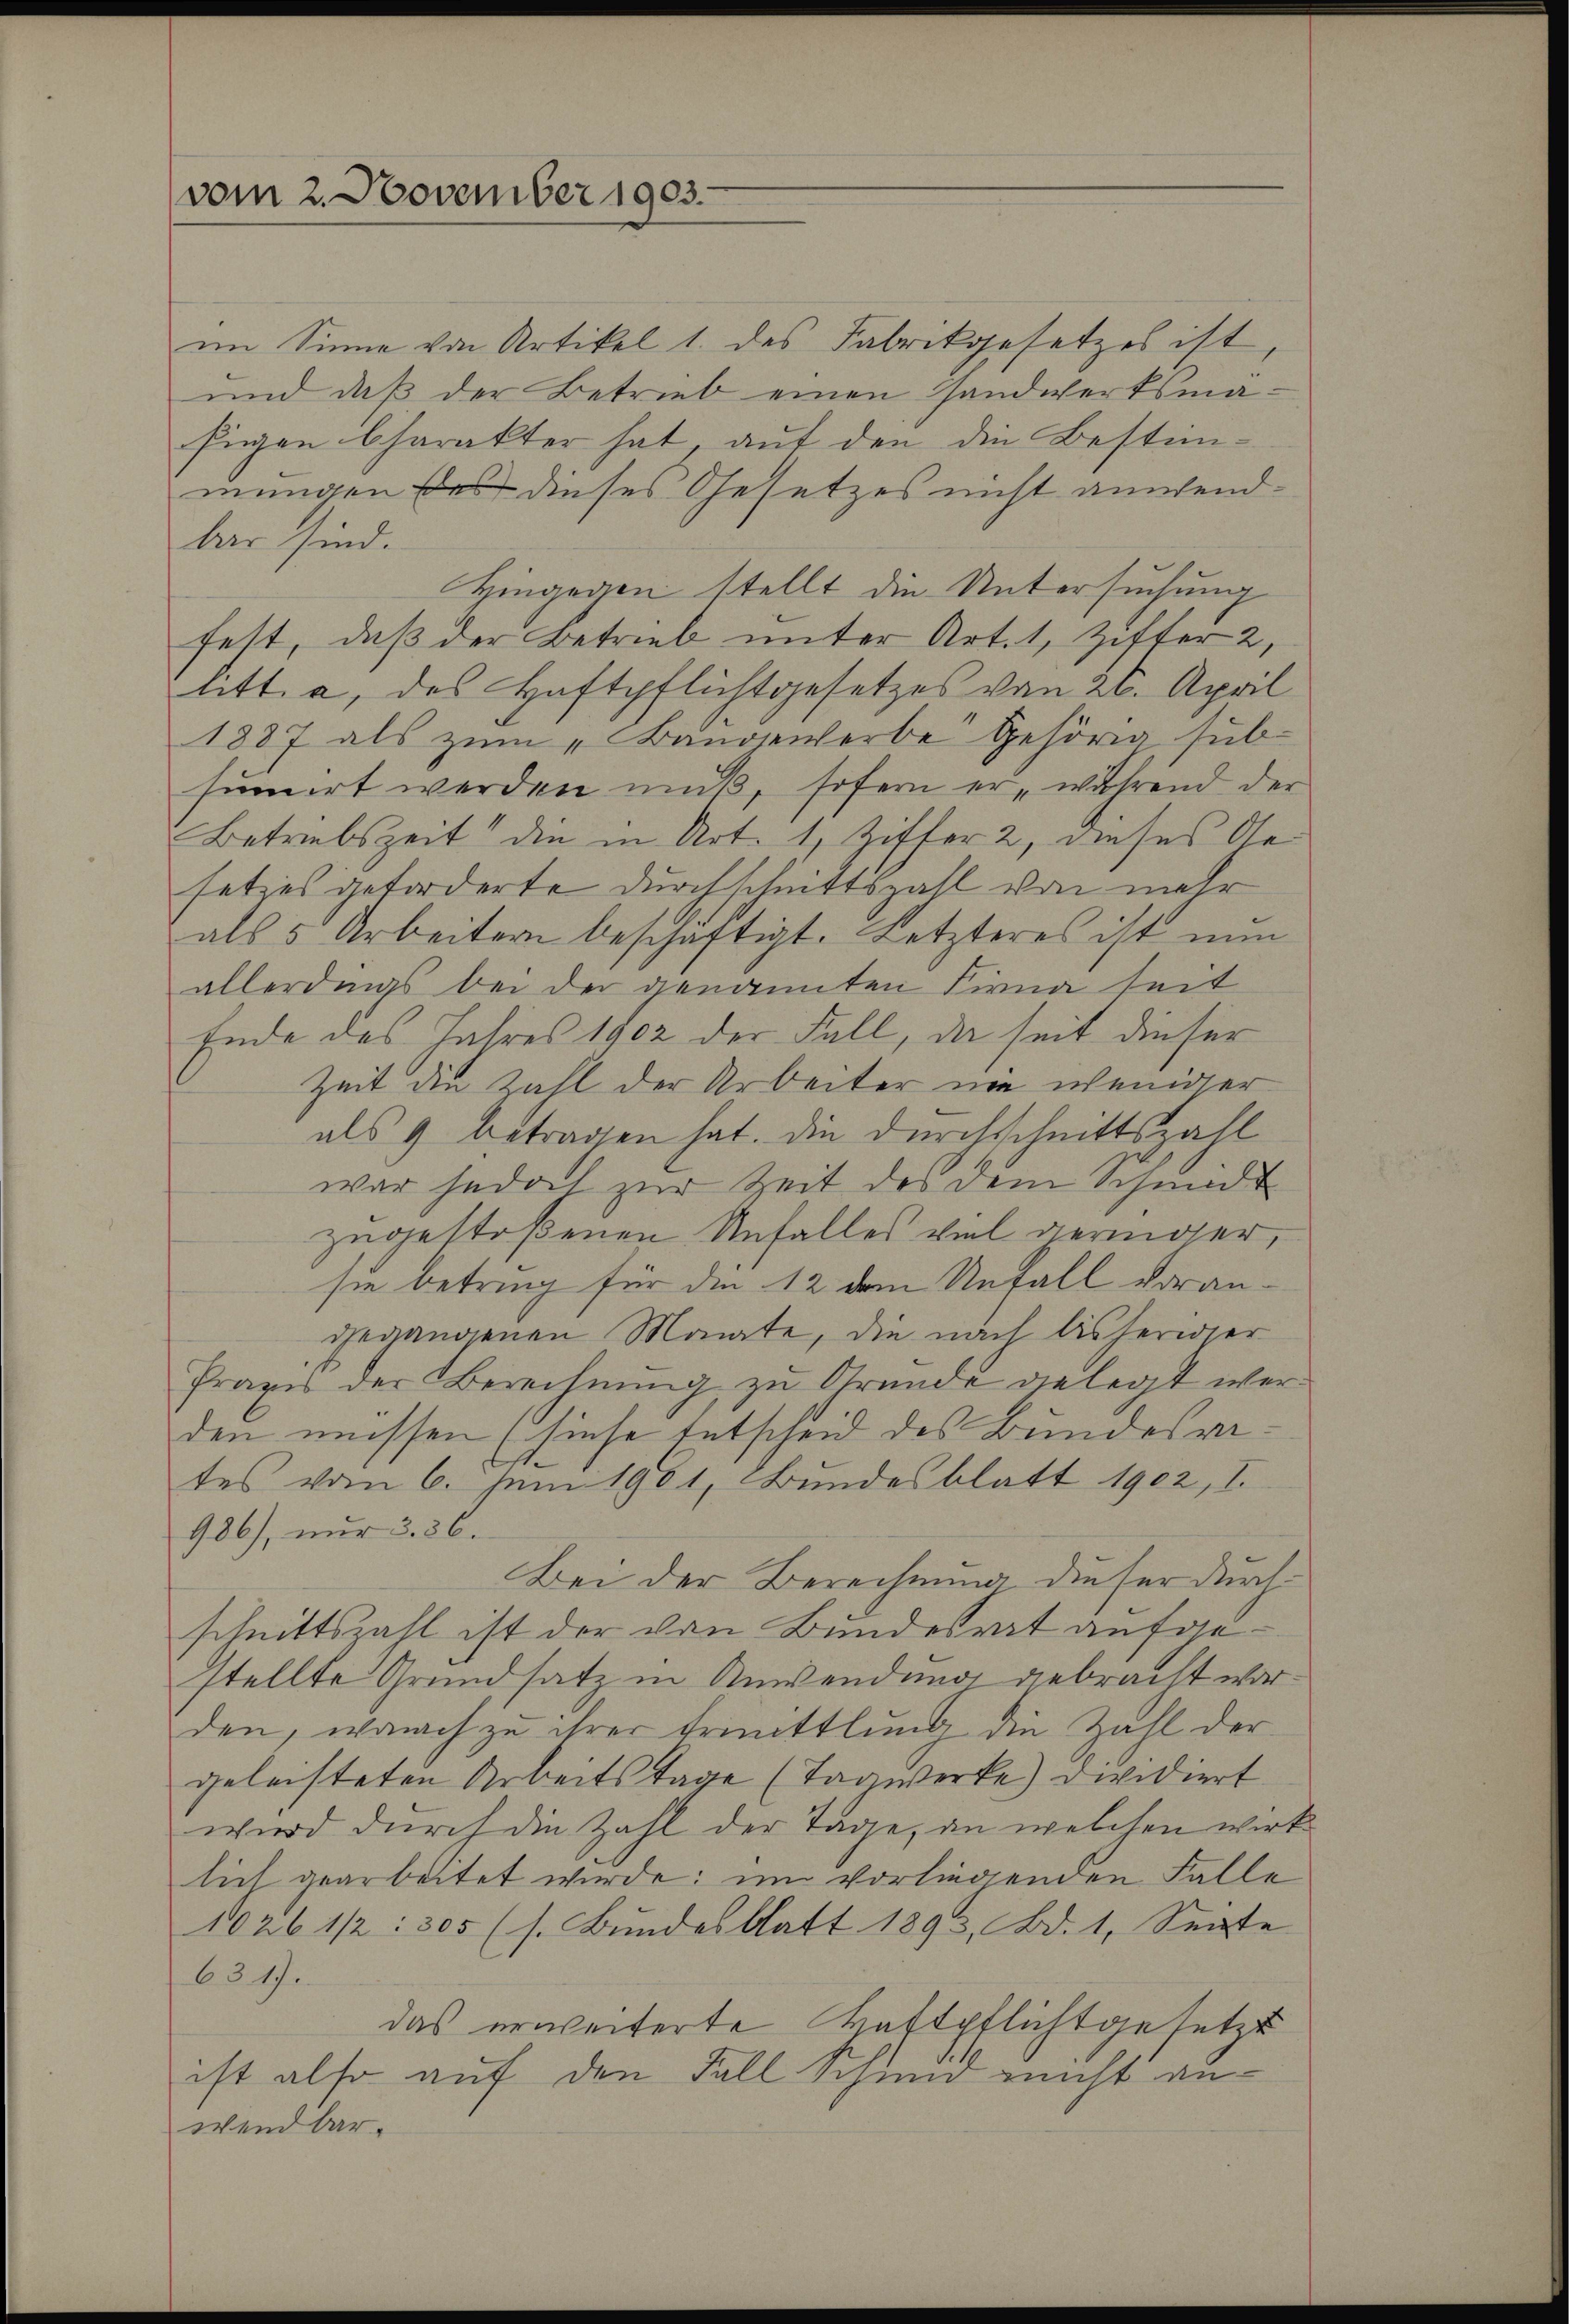
vom 2. November 1903.

im Sinne von Artikel 1. des Fabrikgesetzes ist
und daß der Betrieb einen Handwerksmafigen Charakter hat, auf den die Bestimmungen des dieses Gesetzes nicht anwendbar sind.
Hingegen stellt die Untersuchung
fest, daß der Betrieb unter Art. 1, Ziffer 2,
litt. a, des Haftpflichtgesetzes von 26. April
1887 als zum „Bungenherbe gehörig subsumirt werden muß, sofern erwährend der
Betriebszeit die in Art. 1, Ziffer 2, dieses Gesetzes geforderte Durchschnittszahl von mehr
als 5 Arbeitern beschäftigt. Letzteres ist nun
allerdings bei der genannten Firna seit
Ende des Jahres 1902 der Fall, da seit dieser
Zeit die Zahl der Arbeiter nie weniger
als 9 betragen hat. Die Durchschnittszahl
war jedoch zur Zeit des dem Schmidt
zugestoßenen Unfalles viel geringer,
sie betring für die 12 dem Unfall vorangegangenen Monate, die nach bisheriger
Praxis der Berechnung zu Grunde gelegt werden müssen hiese Entscheid des Bundesrates vom 6. Juni 1901, Bundesblatt 1902, I.
986), nur 3. 36.
Bei der Berechnung dieser durchschnittszahl ist der von Bundesrat aufgestellte Grundsatz in Anwendung gebracht war.
den, wonach zu ihrer Ermittlung die Zahl der
geleisteten Arbeitstage (Tagwerke) dividiert
wird durch die Zahl der Tage, an welchen wirk
lich gearbeitet wurde; im vorliegenden Falle
1026 1/2 : 305 (s. Bundesblatt 1893, Bd. 1, Seite
6317.
das erweiterte Haftpflichtgesetzt
ist also auf den Fall Schmid nicht anwendbar.